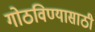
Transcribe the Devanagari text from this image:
गोठविण्यासाठी